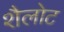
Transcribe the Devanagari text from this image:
शैलोट